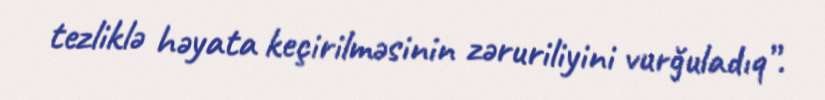
tezliklə həyata keçirilməsinin zəruriliyini vurğuladıq”.